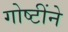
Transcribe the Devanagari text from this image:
गोष्टींने